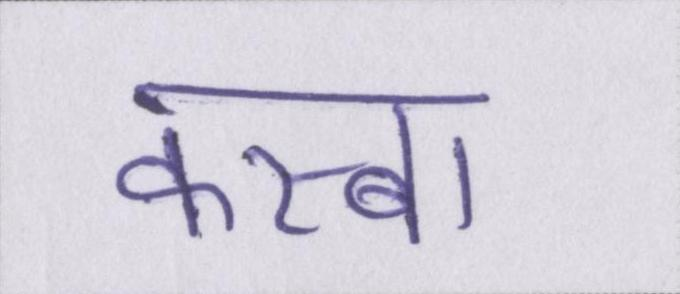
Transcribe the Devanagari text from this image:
कस्बा